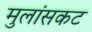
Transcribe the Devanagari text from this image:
मुलांसकट